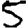
Digit: 5